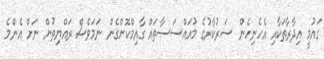
ގައުމީ އިދާރާތަކާއި އެހެނިހެން ސަރުކާރުގެ މުއައްސަސާތައް ގާއިމްކޮށްގެން ނަމަވެސް ރައްޔިތުން ނަށް އެންމެ